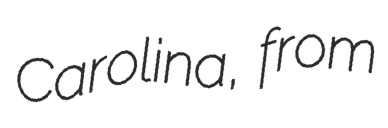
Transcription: Carolina, from